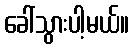
ခေါ်သွားပါ့မယ်။